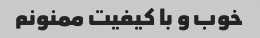
خوب و با کیفیت ممنونم